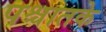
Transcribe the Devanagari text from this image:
पश्चातके